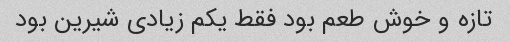
تازه و خوش طعم بود فقط یکم زیادی شیرین بود